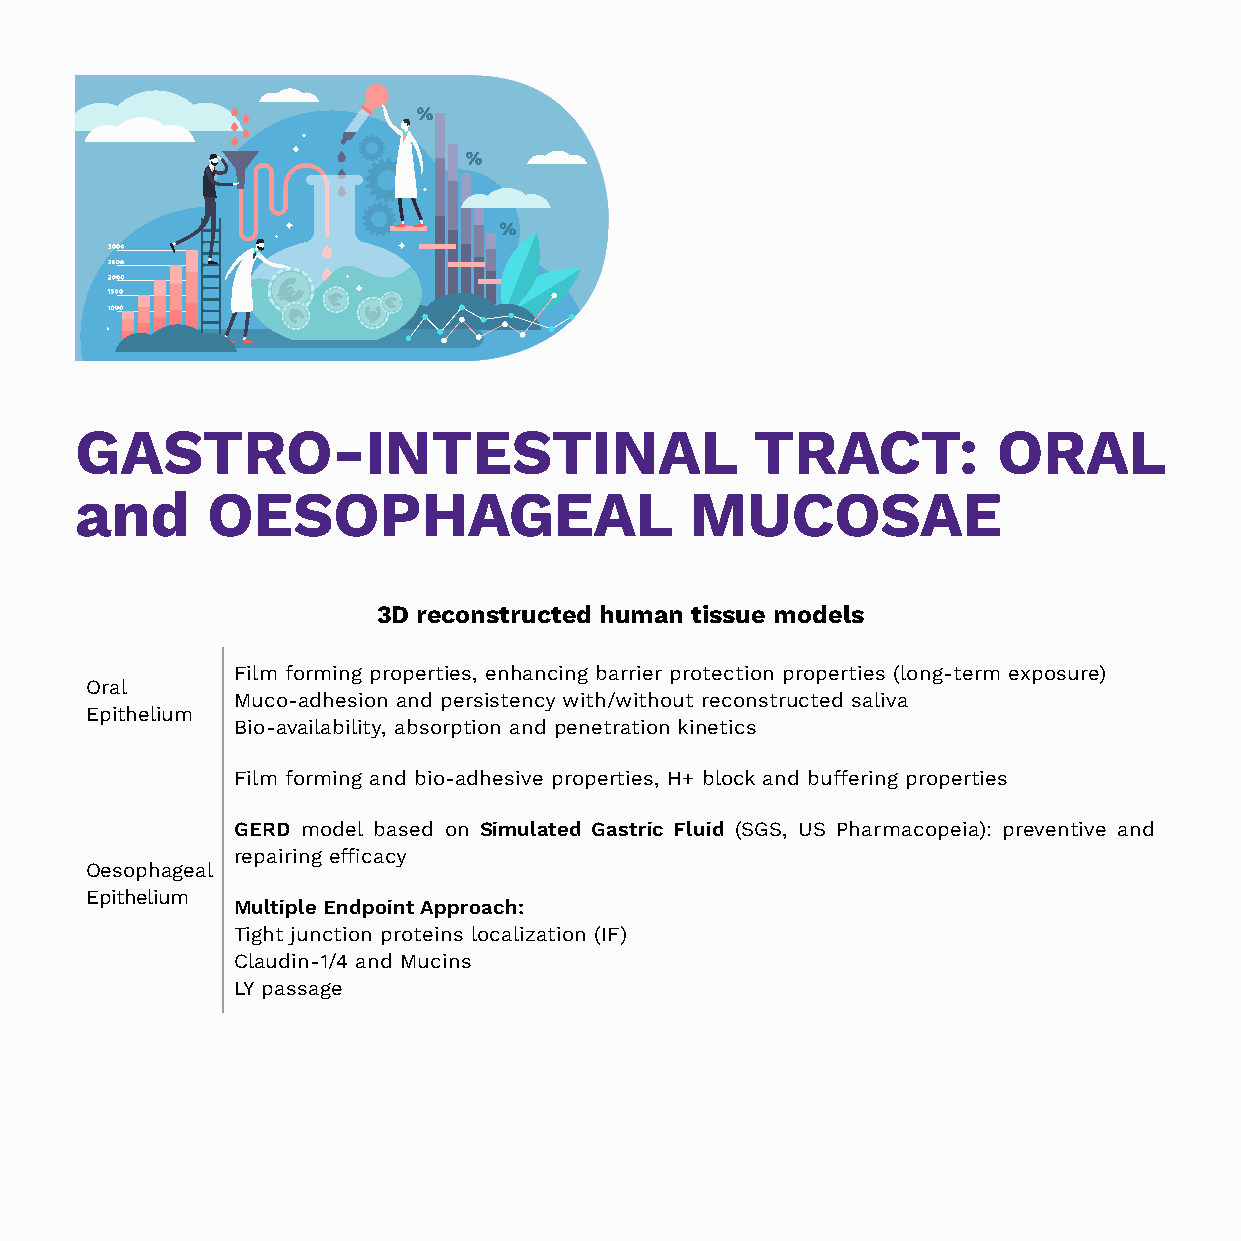
GASTRO-INTESTINAL                            TRACT:          ORAL
 and      OESOPHAGEAL                     MUCOSAE
 3D reconstructed human tissue models
 Film forming properties, enhancing barrier protection properties (long-term exposure)
 Oral
 Muco-adhesion and persistency with/without reconstructed saliva
 Epithelium
 Bio-availability, absorption and penetration kinetics
 Film forming and bio-adhesive properties, H+ block and buffering properties
 GERD model based on Simulated Gastric Fluid (SGS, US Pharmacopeia): preventive and
 repairing efficacy
 Oesophageal
 Epithelium
 Multiple Endpoint Approach:
 Tight junction proteins localization (IF)
 Claudin-1/4 and Mucins
 LY passage